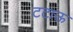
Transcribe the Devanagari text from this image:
टटाऊ